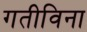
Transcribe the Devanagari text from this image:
गतीविना